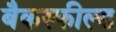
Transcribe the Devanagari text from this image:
बैकस्फील्ड